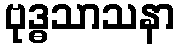
ဗုဒ္ဓသာသနာ